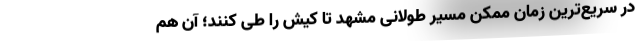
در سریع‌ترین زمان ممکن مسیر طولانی مشهد تا کیش را طی کنند؛ آن‌ هم